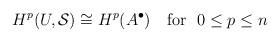
LaTeX: \begin{align*}H^{p}(U, {\cal S}) \cong H^{p}(A^{\bullet})~~~\mbox{\rm for~~}0\leq p\leq n\end{align*}